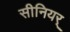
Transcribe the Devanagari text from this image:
सीनियर्